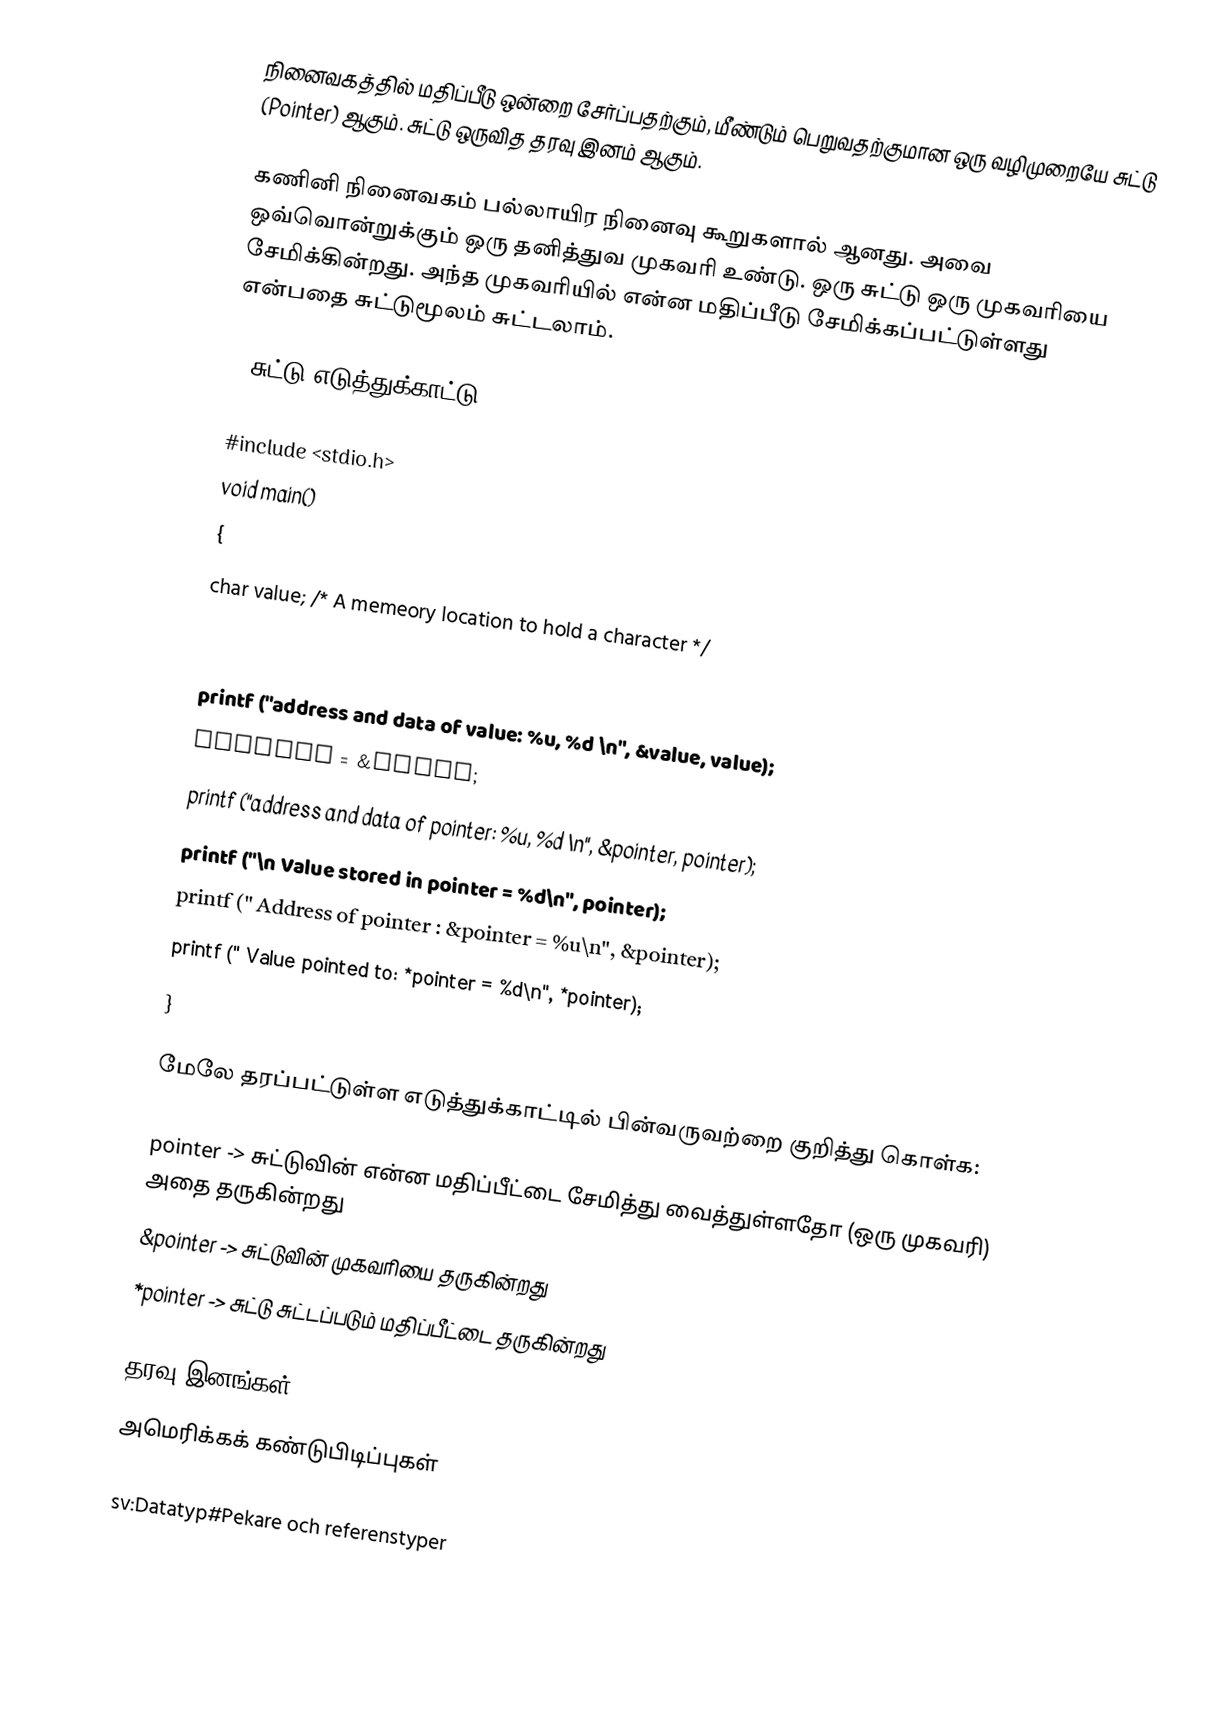
நினைவகத்தில் மதிப்பீடு ஒன்றை சேர்ப்பதற்கும், மீண்டும் பெறுவதற்குமான ஒரு வழிமுறையே சுட்டு (Pointer) ஆகும். சுட்டு ஒருவித தரவு இனம் ஆகும்.

கணினி நினைவகம் பல்லாயிர நினைவு கூறுகளால் ஆனது. அவை ஒவ்வொன்றுக்கும் ஒரு தனித்துவ முகவரி உண்டு. ஒரு சுட்டு ஒரு முகவரியை சேமிக்கின்றது. அந்த முகவரியில் என்ன மதிப்பீடு சேமிக்கப்பட்டுள்ளது என்பதை சுட்டுமூலம் சுட்டலாம்.

C சுட்டு எடுத்துக்காட்டு

 #include <stdio.h>
 void main()
 {
  char value;	/* A memeory location to hold a character */
  char *pointer;	/* Delcaration of a char pointer */
  value = 97;
  printf ("address and data of value: %u, %d \n", &value, value);
  pointer = &value;
  printf ("address and data of pointer: %u, %d \n", &pointer, pointer);
  printf ("\n Value stored in pointer = %d\n", pointer);
  printf (" Address of pointer : &pointer = %u\n", &pointer);
  printf (" Value pointed to: *pointer = %d\n", *pointer);
 }

மேலே தரப்பட்டுள்ள எடுத்துக்காட்டில் பின்வருவற்றை குறித்து கொள்க:

 pointer -> சுட்டுவின் என்ன மதிப்பீட்டை சேமித்து வைத்துள்ளதோ (ஒரு முகவரி) அதை தருகின்றது
 &pointer -> சுட்டுவின் முகவரியை தருகின்றது
 *pointer -> சுட்டு சுட்டப்படும் மதிப்பீட்டை தருகின்றது

தரவு இனங்கள்
அமெரிக்கக் கண்டுபிடிப்புகள்

sv:Datatyp#Pekare och referenstyper